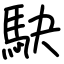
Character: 駃